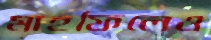
মাহফিলেও